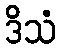
ဒိသံ